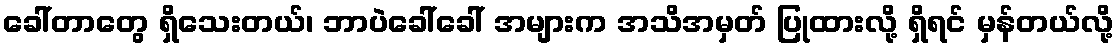
ခေါ်တာတွေ ရှိသေးတယ်၊ ဘာပဲခေါ်ခေါ် အများက အသိအမှတ် ပြုထားလို့ ရှိရင် မှန်တယ်လို့